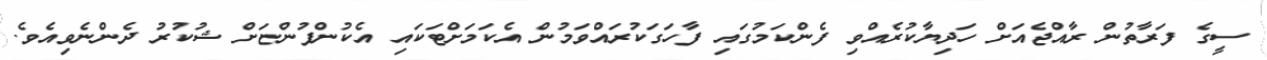
ސީގެ ފަރާތުން ރާއްޖެއަށް ހަދިޔާކުރެއްވި ފެންކަމުގައި ފާހަގަކުރައްވަމުން އެކަމަށްޓަކައި އެކުންފުންޏަށް ޝުކުރު ދެންނެވިއެވެ.